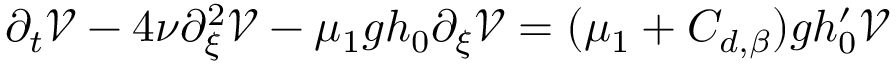
\partial _ { t } \mathcal { V } - 4 \nu \partial _ { \xi } ^ { 2 } \mathcal { V } - \mu _ { 1 } g h _ { 0 } \partial _ { \xi } \mathcal { V } = ( \mu _ { 1 } + C _ { d , \beta } ) g h _ { 0 } ^ { \prime } \mathcal { V }